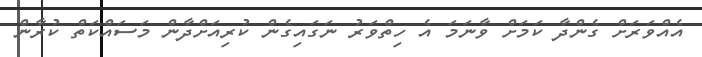
އެއްވަރަށް ގެންދާ ކަމަށް ވާނަމަ އެ ހިތްވަރު ނަގައިގެން ކުރިއަށްދާން މަސައްކަތް ކުރާން